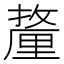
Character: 𰼚